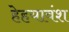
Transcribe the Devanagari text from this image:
हेहयावंश